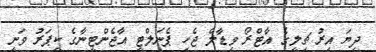
ދިޔަ އިރު ޗިލީގެ އާޓްރޯ ވިޑާލް ޖެހި ޕެނަލްޓީ އާޖެންޓީނާގެ ކީޕަރު ވަނީ